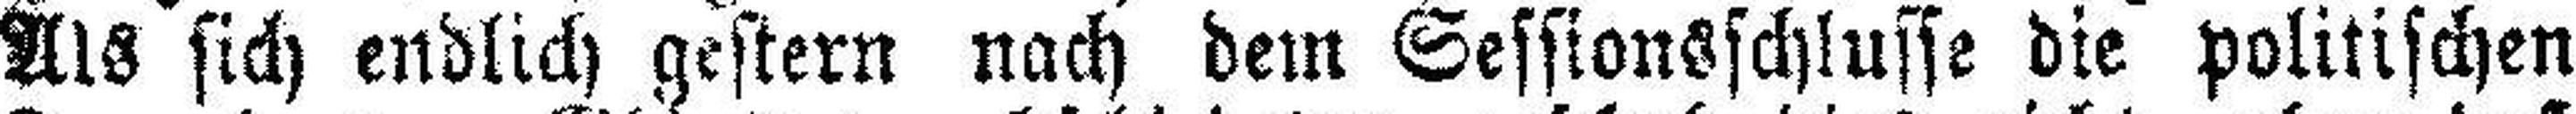
Als sich endlich gestern nach dem Sessionsschlusse die politischen